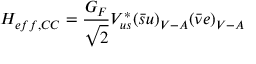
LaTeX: { \cal H } _ { e f f , C C } = \frac { G _ { F } } { \sqrt { 2 } } V _ { u s } ^ { * } ( \bar { s } u ) _ { V - A } ( \bar { \nu } e ) _ { V - A }